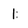
Character: 1